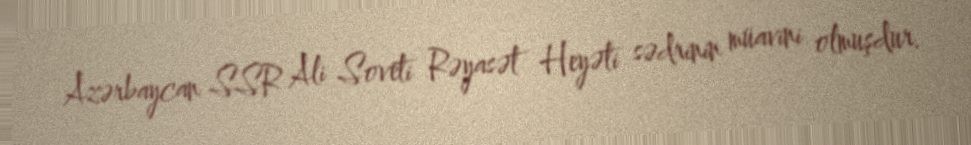
Azərbaycan SSR Ali Soveti Rəyasət Heyəti sədrinin müavini olmuşdur.